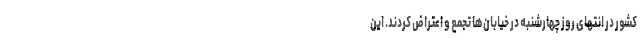
کشور در انتهای روز چهارشنبه در خیابان‌ها تجمع و اعتراض کردند. این